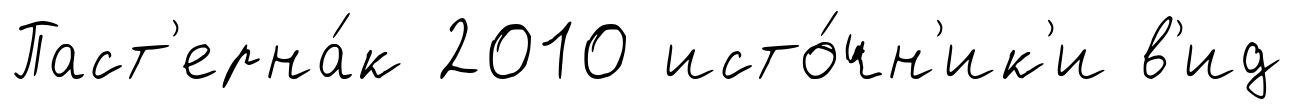
Паст'ерна́к 2010 исто́чн'ик'и в'ид